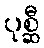
ပုစ္ဆီ